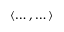
\left< \dots , \dots \right>